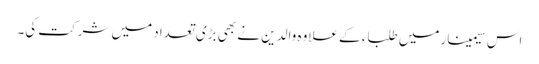
اس سیمینار میں طلباء کے علاوہ والدین نے بھی بڑی تعداد میں شرکت کی۔